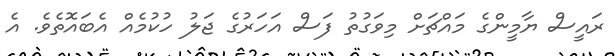
ރައީސް ޔާމީންގެ މައްޗަށް މިވަގުތު ފަސް އަހަރުގެ ޖަލު ހުކުމެއް އެބައޮތެވެ. އެ